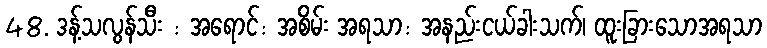
48. ဒန့်သလွန်သီး : အရောင်: အစိမ်း အရသာ: အနည်းငယ်ခါးသက်၊ ထူးခြားသောအရသာ